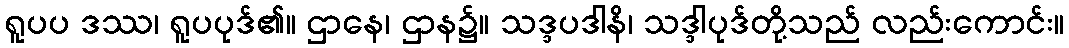
ရူပပ ဒဿ၊ ရူပပုဒ်၏။ ဌာနေ၊ ဌာန၌။ သဒ္ဒပဒါနိ၊ သဒ္ဒါပုဒ်တို့သည် လည်းကောင်း။